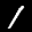
Label: 1